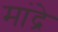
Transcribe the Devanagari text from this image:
मांद्रे